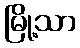
မြို့သာ